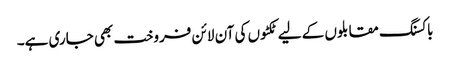
باکسنگ مقابلوں کے لیے ٹکٹوں کی آن لائن فروخت بھی جاری ہے۔